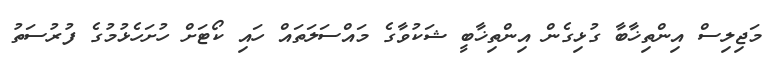
މަޖިލިސް އިންތިޚާބާ ގުޅިގެން އިންތިޚާބީ ޝަކުވާގެ މައްސަލަތައް ހައި ކޯޓަށް ހުށަހެޅުމުގެ ފުރުސަތު